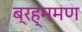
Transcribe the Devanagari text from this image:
ब्रह्ममण